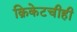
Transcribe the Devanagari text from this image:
क्रिकेटचीही